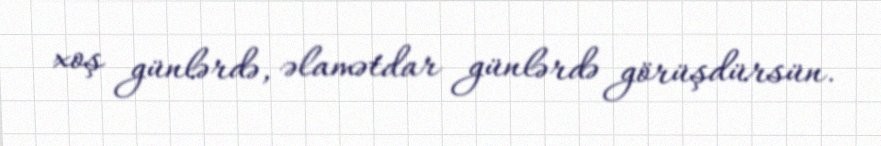
xoş günlərdə, əlamətdar günlərdə görüşdürsün.